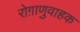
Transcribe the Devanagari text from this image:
रोग़ाणुवाहक